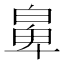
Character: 𤾁